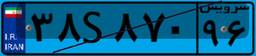
۳۸S۸۷۰۹۶